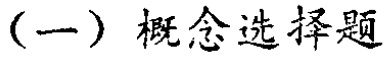
（一）概念选择题